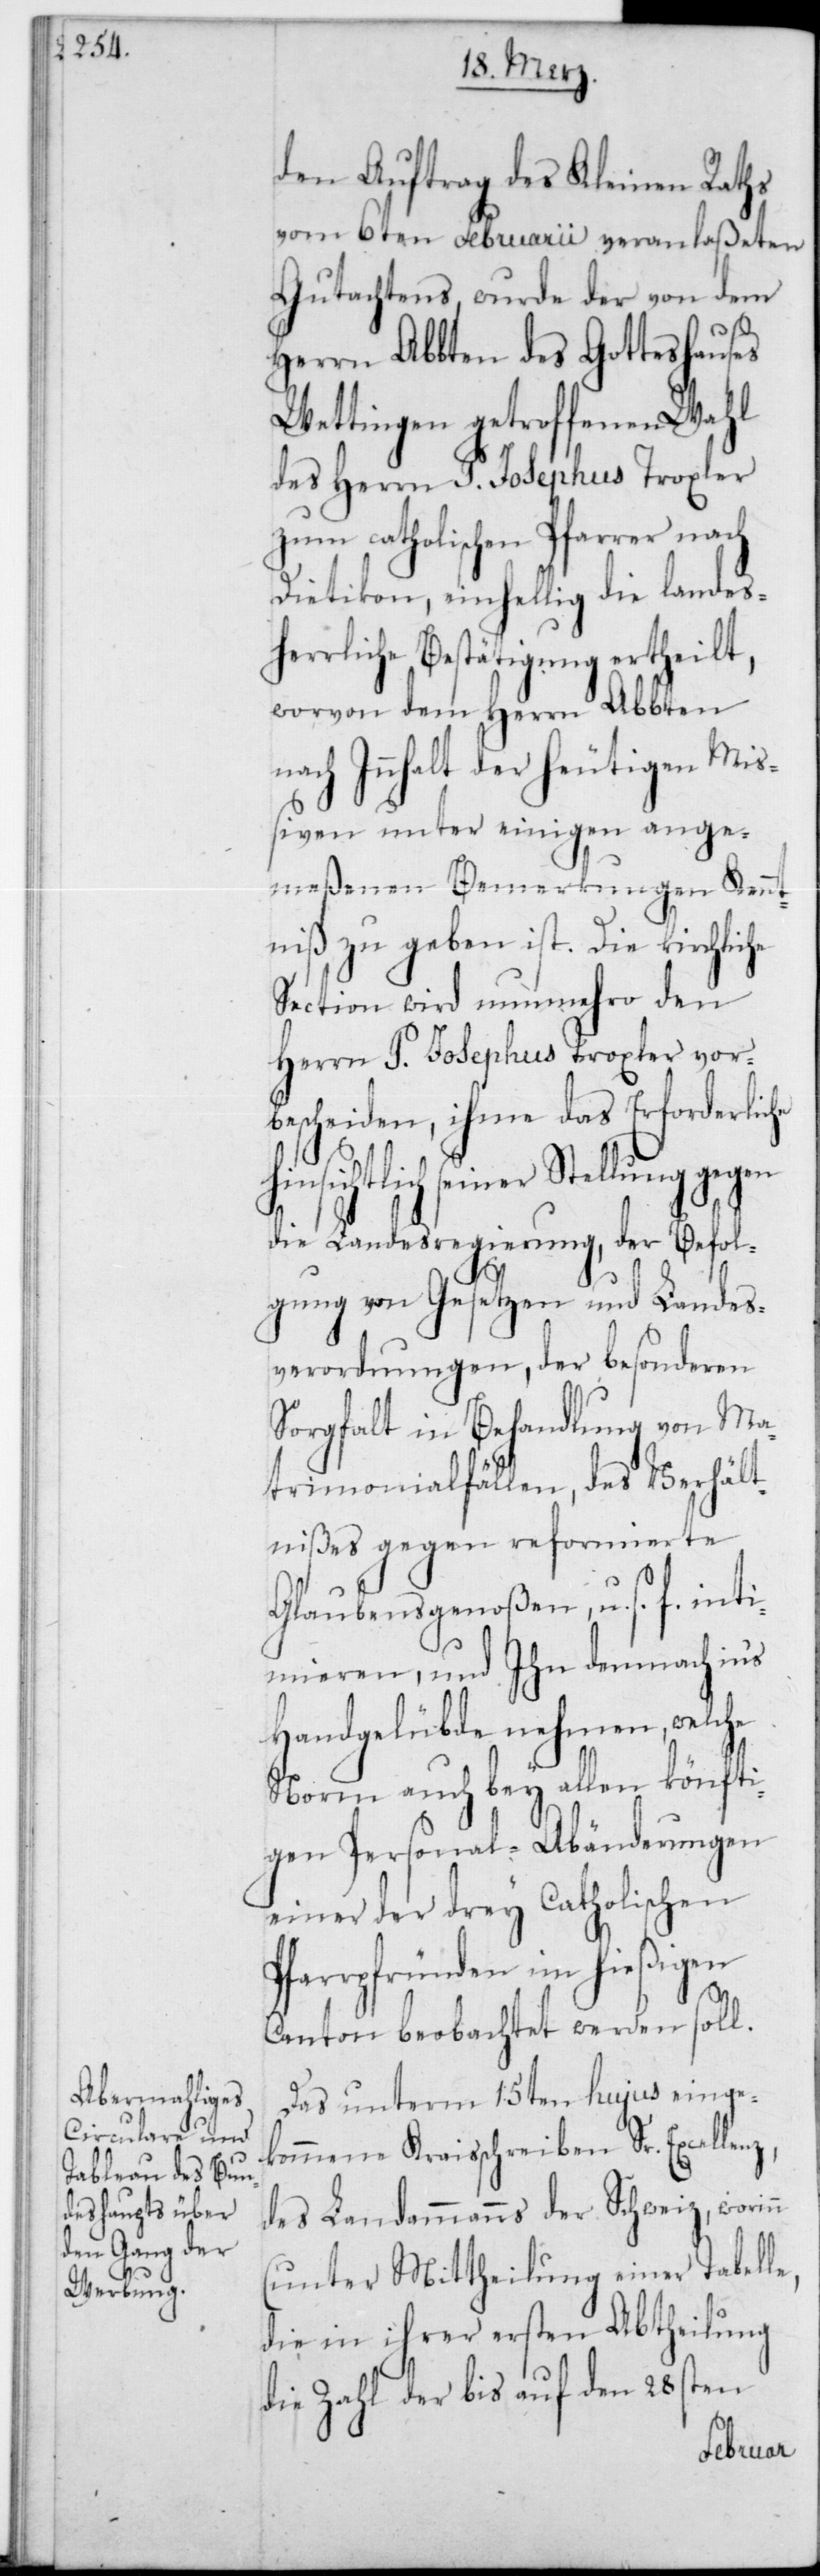
den Auftrag des Kleinen Raths
vom 6ten Februarii veranlaßeten
Gutachtens, wurde der von dem
Herrn Abbten des Gotteshauses
Wettingen getroffenen Wahl
des Herrn P. Josephus Troxler
zum catholischen Pfarrer nach
Dietikon, einhellig die landesh¬
errliche Bestätigung ertheilt,
worvon dem Herrn Abbten
nach Innhalt der heutigen Miß¬
iven unter einigen ange¬
meßenen Bemerkungen Kennt¬
niß zu geben ist. Die kirchliche
Section wird nunmehro den
Herrn P. Josephus Troxler vor¬
bescheiden, ihme das Erforderlic¬
htlich seiner Stellung gegen
die Landesregierung, der Befol¬
gung von Gesetzen und Landes¬
verordnungen, der besonderen
Sorgfalt in Behandlung von Ma¬
trimonialfällen, des Verhät¬
nißes gegen reformierte
Glaubensgenoßen u. s. f., int¬
imieren, und Ihn demnach in‘s
Handgelübde nehmen, welche
Norm auch bey allen könfti¬
gen Personal-Abänderungen
einer der drey Catholischen
Pfarrpfründen im hießigen
Canton beobachtet werden soll.
Das unterm 15ten hujus einge¬
kommene Kreisschreiben Sr. Excellenz,
des Landammanns der Schweiz, worin¬
n (unter Mittheilung einer Tabelle,
die in ihrer ersten Abtheilung
die Zahl der bis auf den 28sten
he hinsic¬